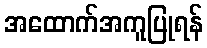
အထောက်အကူပြုရန်